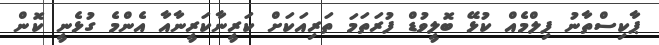
ޕާކިސްތާނު ފިލްމެއް ކުޅޭ ބޮލީވުޑް ފުރަތަމަ ތަރިއަކަށް ކަރީނާކަރީނާއާ އެންމެ ގުޅެނީ ކޮން